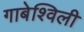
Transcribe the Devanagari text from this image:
गाबेश्विली